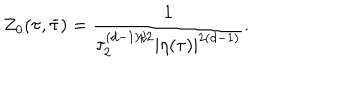
Z _ { 0 } ( \tau , \bar { \tau } ) = \frac { 1 } { \tau _ { 2 } ^ { ( d - 1 ) / 2 } | \eta ( \tau ) | ^ { 2 ( d - 1 ) } } .